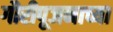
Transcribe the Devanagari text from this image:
गौरीपूजनाच्या